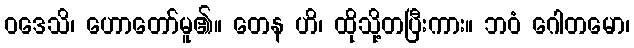
ဝဒေသိ၊ ဟောတော်မူ၏။ တေန ဟိ၊ ထိုသို့တပြီးကား။ ဘဝံ ဂေါတမော၊